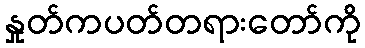
နှုတ်ကပတ်တရားတော်ကို